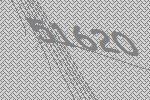
51620